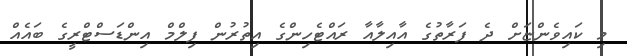
މި ކައިވެންޏަށް ދެ ފަރާތުގެ އާއިލާއާ ރައްޓެހިންގެ އިތުރުން ފިލްމް އިންޑަސްޓްރީގެ ބައެއް